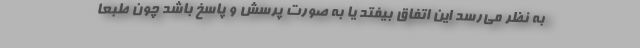
به نظر می‌رسد این اتفاق بیفتد یا به صورت پرسش و پاسخ باشد چون طبعا